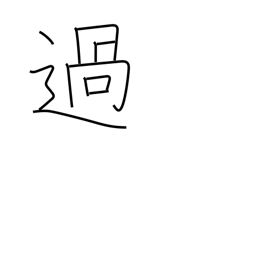
Meaning: exceed